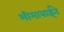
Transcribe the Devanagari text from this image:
भीमाबाईने